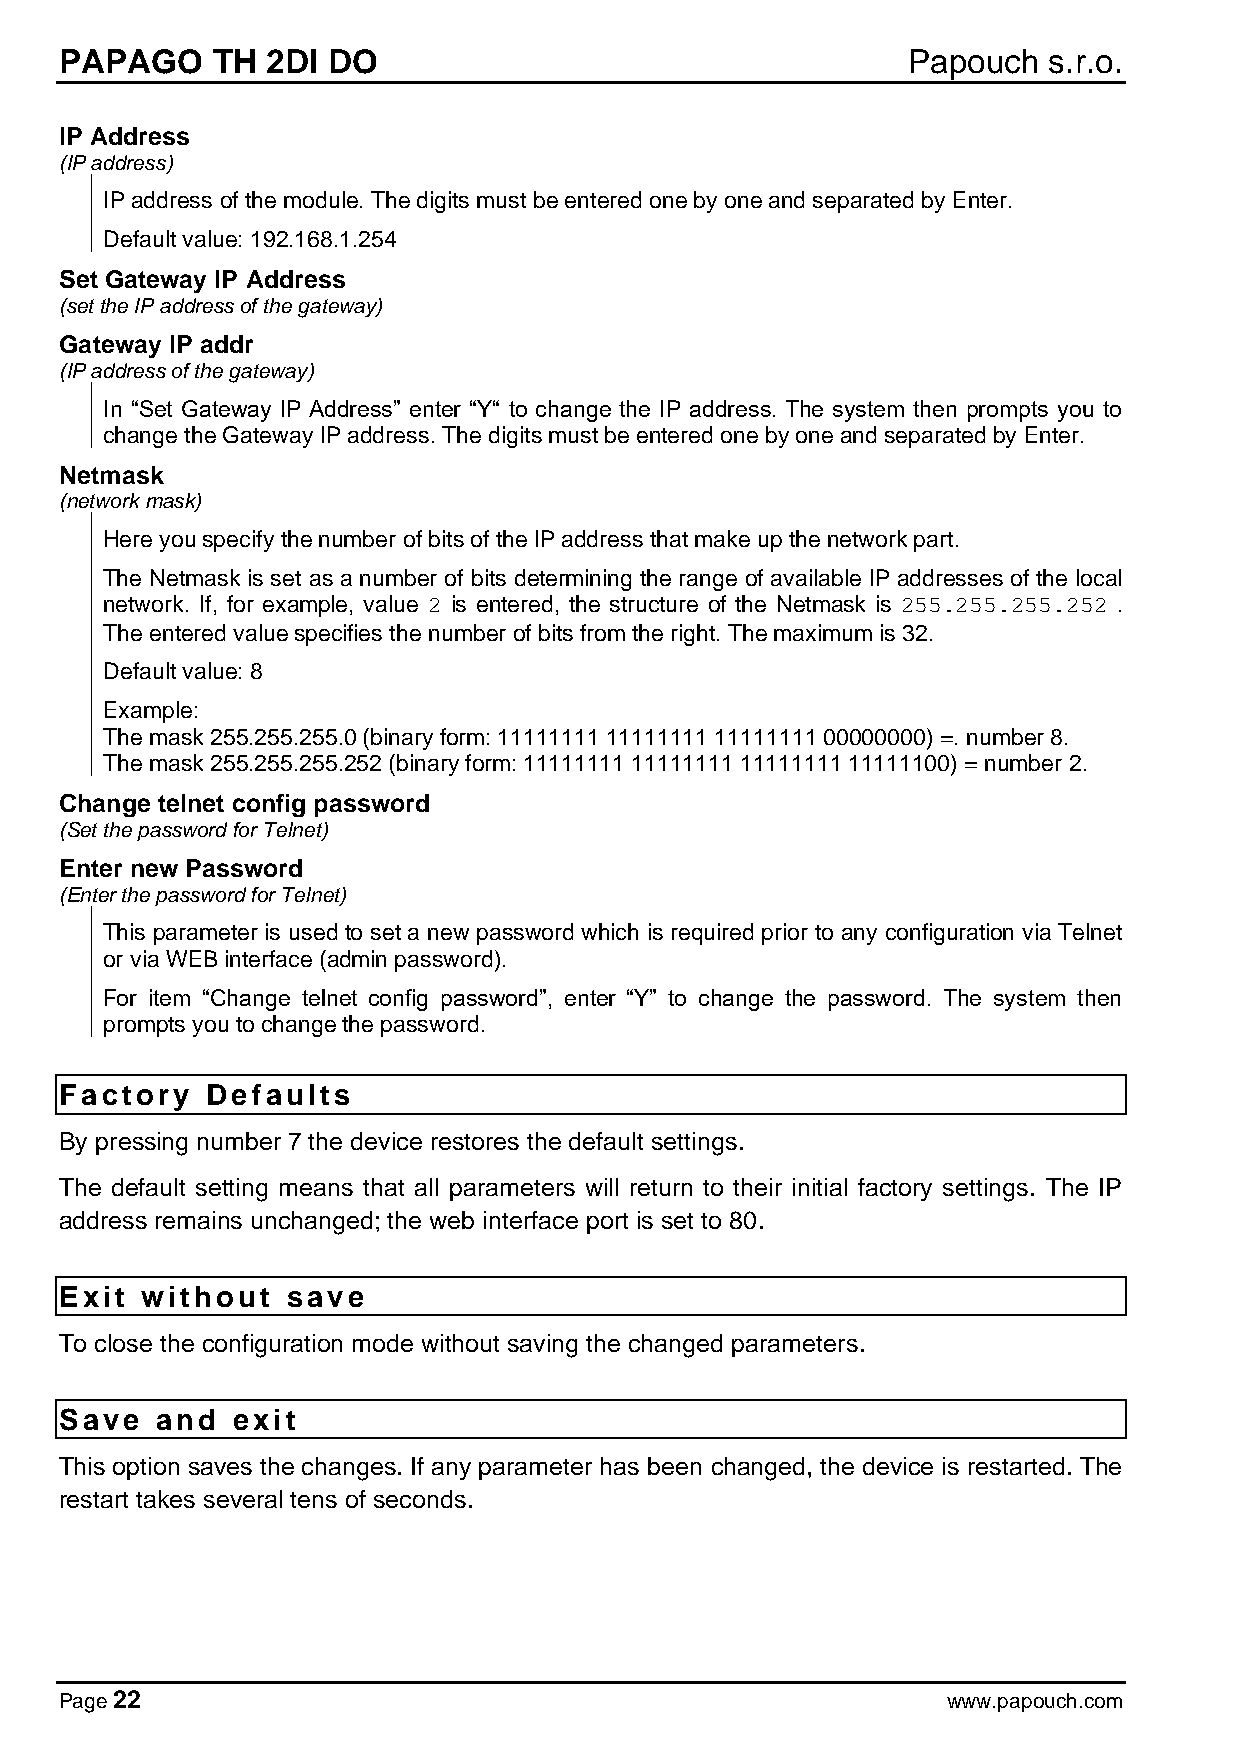
PAPAGO    TH  2DI DO                                    Papouch  s.r.o.
 IP Address
 (IP address)
 IP address of the module. The digits must be entered one by one and separated by Enter.
 Default value: 192.168.1.254
 Set Gateway IP Address
 (set the IP address of the gateway)
 Gateway IP addr
 (IP address of the gateway)
 In “Set Gateway IP Address” enter “Y“ to change the IP address. The system then prompts you to
 change the Gateway IP address. The digits must be entered one by one and separated by Enter.
 Netmask
 (network mask)
 Here you specify the number of bits of the IP address that make up the network part.
 The Netmask is set as a number of bits determining the range of available IP addresses of the local
 network. If, for example, value 2 is entered, the structure of the Netmask is 255.255.255.252 .
 The entered value specifies the number of bits from the right. The maximum is 32.
 Default value: 8
 Example:
 The mask 255.255.255.0 (binary form: 11111111 11111111 11111111 00000000) =. number 8.
 The mask 255.255.255.252 (binary form: 11111111 11111111 11111111 11111100) = number 2.
 Change telnet config password
 (Set the password for Telnet)
 Enter new Password
 (Enter the password for Telnet)
 This parameter is used to set a new password which is required prior to any configuration via Telnet
 or via WEB interface (admin password).
 For item “Change telnet config password”, enter “Y” to change the password. The system then
 prompts you to change the password.
 Factory   Defaults
 By pressing number 7 the device restores the default settings.
 The default setting means that all parameters will return to their initial factory settings. The IP
 address remains unchanged; the web interface port is set to 80.
 Exit without   save
 To close the configuration mode without saving the changed parameters.
 Save  and  exit
 This option saves the changes. If any parameter has been changed, the device is restarted. The
 restart takes several tens of seconds.
 Page 22                                                    www.papouch.com